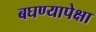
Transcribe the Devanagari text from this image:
बघण्यापेक्षा